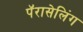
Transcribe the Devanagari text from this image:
पॅरासेलिंग